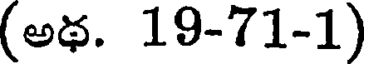
(అథ. 19-71-1)